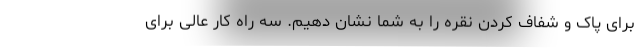
برای پاک و شفاف کردن نقره را به شما نشان دهیم. سه راه کار عالی برای